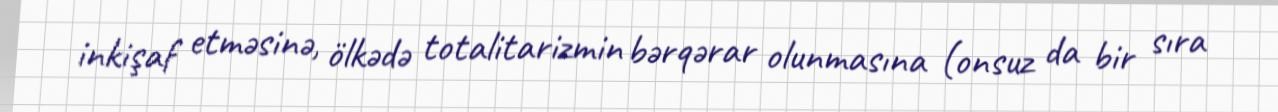
inkişaf etməsinə, ölkədə totalitarizmin bərqərar olunmasına (onsuz da bir sıra